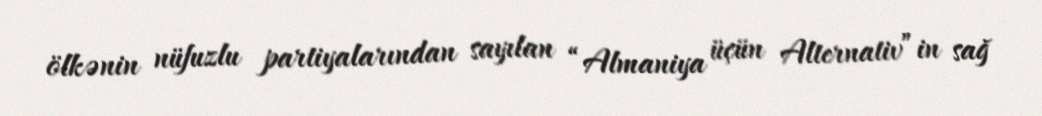
ölkənin nüfuzlu partiyalarından sayılan “Almaniya üçün Alternativ”in sağ